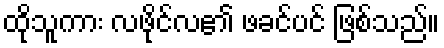
ထိုသူကား လဖိုင်လ၏ ဖခင်ပင် ဖြစ်သည်။